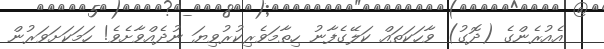
އެއުރެންގެ (ދޮގު) ވާހަކަތައް ކަލޭގެފާނު ހިތާމަވެރިކުރުވިޔަ ނުދެއްވާށެވެ! ހަމަކަށަވަރުން